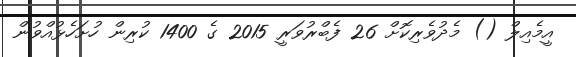
އީމެއިލް () މެދުވެރިކޮށް 26 ފެބްރުވަރީ 2015 ގެ 1400 ކުރިން ހުށަހެޅުއްވުން